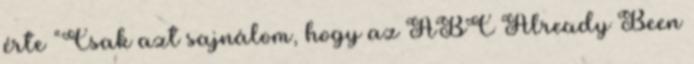
érte “Csak azt sajnálom, hogy az ABC Already Been